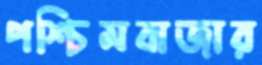
পশ্চিমবাজার